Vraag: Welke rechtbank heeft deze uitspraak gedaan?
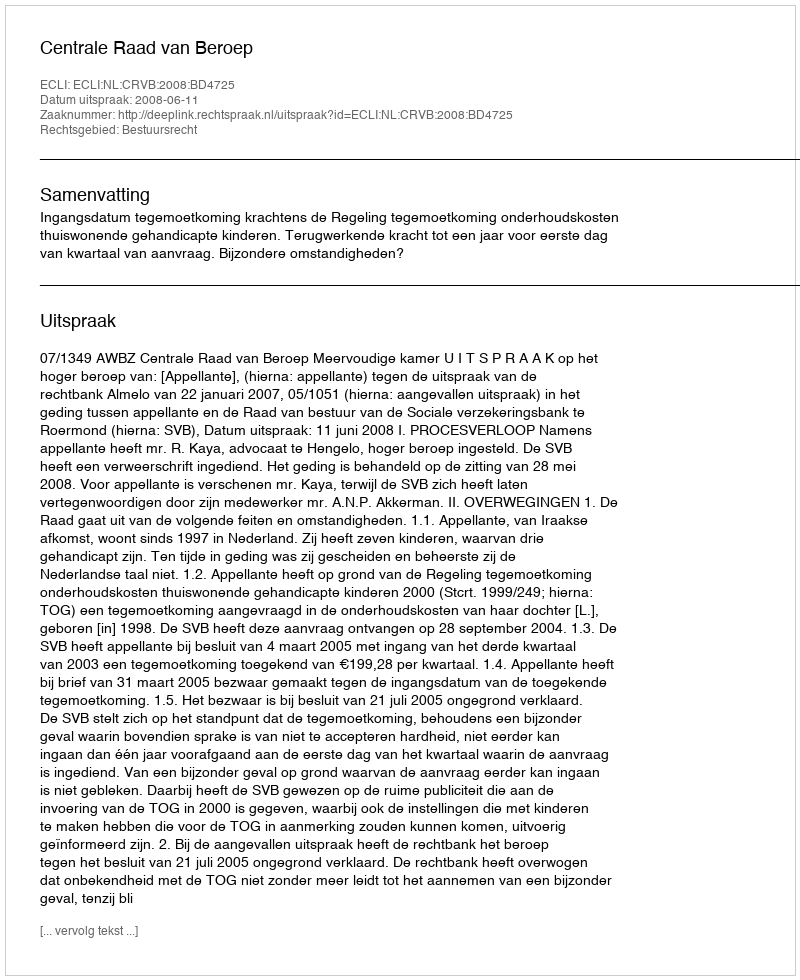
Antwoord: Centrale Raad van Beroep